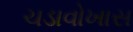
ચડાવોખાસ